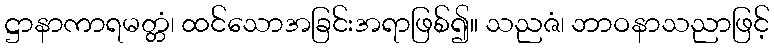
ဋ္ဌာနာကာရမတ္တံ၊ ထင်သောအခြင်းအရာဖြစ်၍။ သညဇံ၊ ဘာဝနာသညာဖြင့်